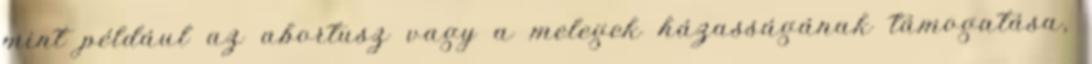
mint például az abortusz vagy a melegek házasságának támogatása,